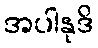
အပါနုဒိ